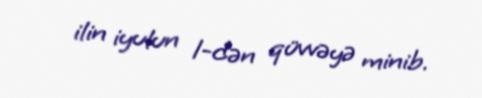
ilin iyulun 1-dən qüvvəyə minib.